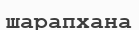
шарапхана